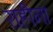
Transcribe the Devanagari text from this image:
राहीना